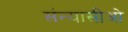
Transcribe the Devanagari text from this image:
संन्यासीओ